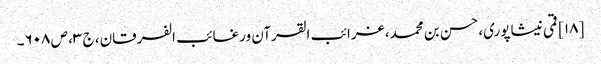
[۱۸] قمی نیشاپوری، حسن بن محمد، غرائب القرآن ورغائب الفرقان، ج ۳، ص ۶۰۸۔